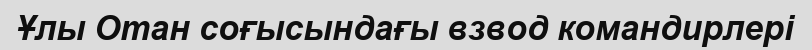
Ұлы Отан соғысындағы взвод командирлері